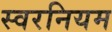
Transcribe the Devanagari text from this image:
स्वरनियम